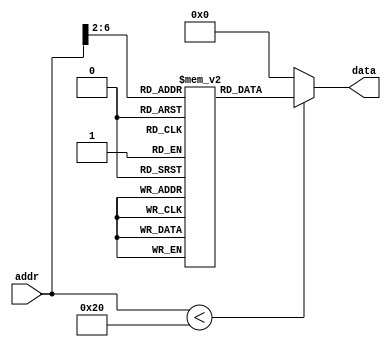
`timescale 1ns/1ps

module ROM (addr,data);
input [30:0] addr;
output [31:0] data;

localparam ROM_SIZE = 32;
(* rom_style = "distributed" *) reg [31:0] ROMDATA[ROM_SIZE-1:0];

assign data=(addr < ROM_SIZE)?ROMDATA[addr[30:2]]:32'b0;

integer i;
initial begin
		ROMDATA[0] <= 32'h00000000;
		ROMDATA[1] <= 32'h00000000;
		ROMDATA[2] <= 32'h00000000;
		ROMDATA[3] <= 32'h00000000;
		ROMDATA[4] <= 32'h00000000;
		ROMDATA[5] <= 32'h3c114000;
		ROMDATA[6] <= 32'h26310004;
		ROMDATA[7] <= 32'h241000aa;
		ROMDATA[8] <= 32'hae200000;
		ROMDATA[9] <= 32'h08100000;
		ROMDATA[10] <= 32'h0c000000;
		ROMDATA[11] <= 32'h00000000;
		ROMDATA[12] <= 32'h3402000a;
		ROMDATA[13] <= 32'h0000000c;
		ROMDATA[14] <= 32'h0000_0000;
		ROMDATA[15]<= 32'h0274_8825;
		ROMDATA[16] <= 32'h0800_0015;
		ROMDATA[17] <= 32'h0274_8820;
		ROMDATA[18] <= 32'h0800_0015;
		ROMDATA[19] <= 32'h0274_882A;
		ROMDATA[20] <= 32'h1011_0002;
		ROMDATA[21] <= 32'h0293_8822;
		ROMDATA[22] <= 32'h0800_0015;
		ROMDATA[23] <= 32'h0274_8822;
		ROMDATA[24] <= 32'h0800_0015; 
		ROMDATA[25] <= 32'h0274_8824;
		ROMDATA[26] <= 32'hae11_0003;
		ROMDATA[27] <= 32'h0800_0001;
       
	    for (i=28;i<ROM_SIZE;i=i+1) begin
            ROMDATA[i] <= 32'b0;
        end
end
endmodule